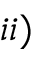
i i )